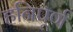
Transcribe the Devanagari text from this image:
हनिपूर्ण